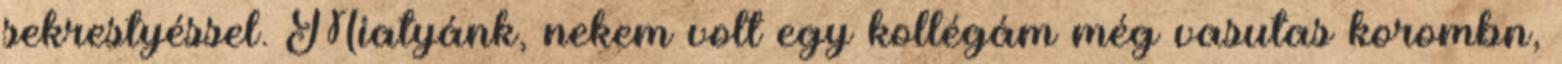
sekrestyéssel. Miatyánk, nekem volt egy kollégám még vasutas korombn,